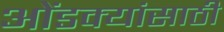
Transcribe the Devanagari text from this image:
ओंडक्यांसाठी